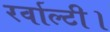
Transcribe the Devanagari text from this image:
रर्वाल्टी।